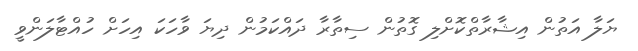
ޔަލާ އަތުން އިޝާރާތްކޮށްލި ގޮތުން ސިތާރާ ދައްކަމުން ދިޔަ ވާހަކަ އިހަށް ހުއްޓާލަންވީ